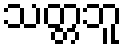
သတ္တဘူ